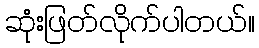
ဆုံးဖြတ်လိုက်ပါတယ်။